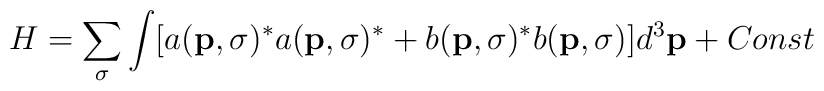
H=\sum_{\sigma}\int [a({\bf p},\sigma)^*a({\bf p},\sigma)^* +b({\bf p},\sigma)^*b({\bf p},\sigma)]d^3{\bf p}+Const